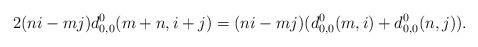
LaTeX: \begin{align*}2(ni-mj)d^0_{0,0}(m+n,i+j)=(ni-mj)(d^0_{0,0}(m,i)+d^0_{0,0}(n,j)).\end{align*}